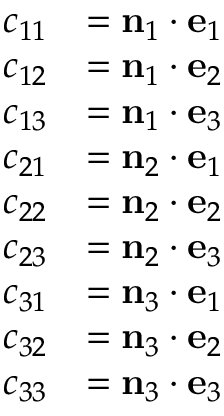
{ \begin{array} { r l } { c _ { 1 1 } } & { = \mathbf { n } _ { 1 } \cdot \mathbf { e } _ { 1 } } \\ { c _ { 1 2 } } & { = \mathbf { n } _ { 1 } \cdot \mathbf { e } _ { 2 } } \\ { c _ { 1 3 } } & { = \mathbf { n } _ { 1 } \cdot \mathbf { e } _ { 3 } } \\ { c _ { 2 1 } } & { = \mathbf { n } _ { 2 } \cdot \mathbf { e } _ { 1 } } \\ { c _ { 2 2 } } & { = \mathbf { n } _ { 2 } \cdot \mathbf { e } _ { 2 } } \\ { c _ { 2 3 } } & { = \mathbf { n } _ { 2 } \cdot \mathbf { e } _ { 3 } } \\ { c _ { 3 1 } } & { = \mathbf { n } _ { 3 } \cdot \mathbf { e } _ { 1 } } \\ { c _ { 3 2 } } & { = \mathbf { n } _ { 3 } \cdot \mathbf { e } _ { 2 } } \\ { c _ { 3 3 } } & { = \mathbf { n } _ { 3 } \cdot \mathbf { e } _ { 3 } } \end{array} }